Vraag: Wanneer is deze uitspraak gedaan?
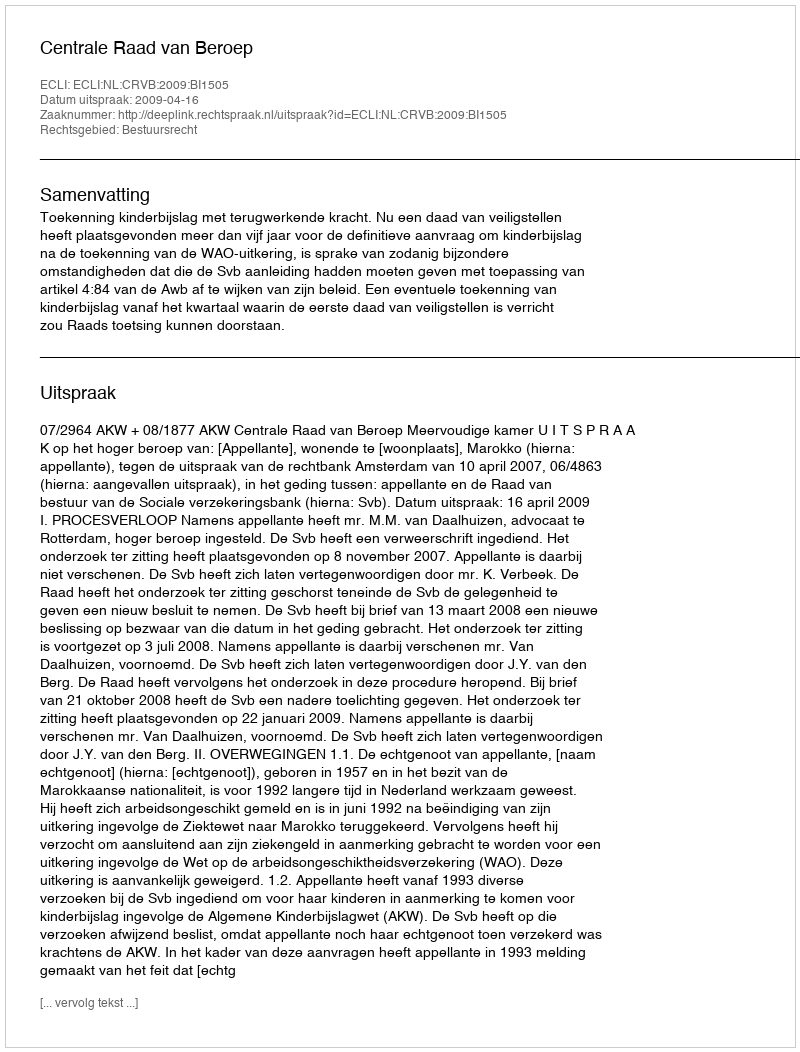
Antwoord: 2009-04-16